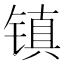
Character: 镇